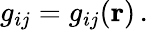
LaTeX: g_{ij}=g_{ij}(\mathbf{r})\, .